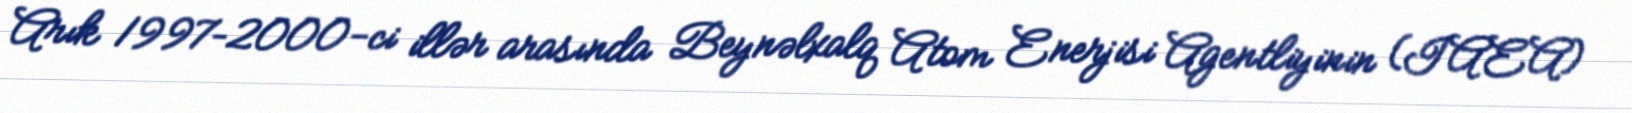
Arık 1997–2000-ci illər arasında Beynəlxalq Atom Enerjisi Agentliyinin (IAEA)